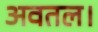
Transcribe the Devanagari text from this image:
अवतल।